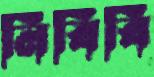
নিবিবি